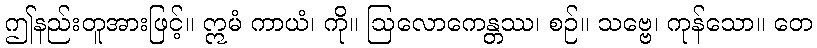
ဤနည်းတူအားဖြင့်။ ဣမံ ကာယံ၊ ကို။ ဩလောကေန္တဿ၊ စဉ်။ သဗ္ဗေ၊ ကုန်သော။ တေ